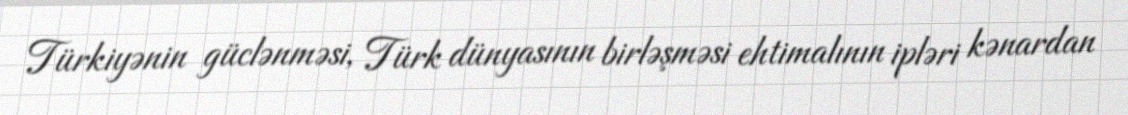
Türkiyənin güclənməsi, Türk dünyasının birləşməsi ehtimalının ipləri kənardan